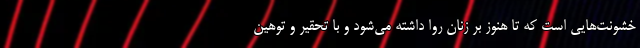
خشونت‌هایی است که تا هنوز بر زنان روا داشته می‌شود و با تحقیر و توهین